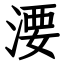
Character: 㴗